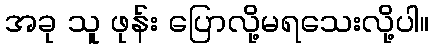
အခု သူ ဖုန်း ပြောလို့မရသေးလို့ပါ။